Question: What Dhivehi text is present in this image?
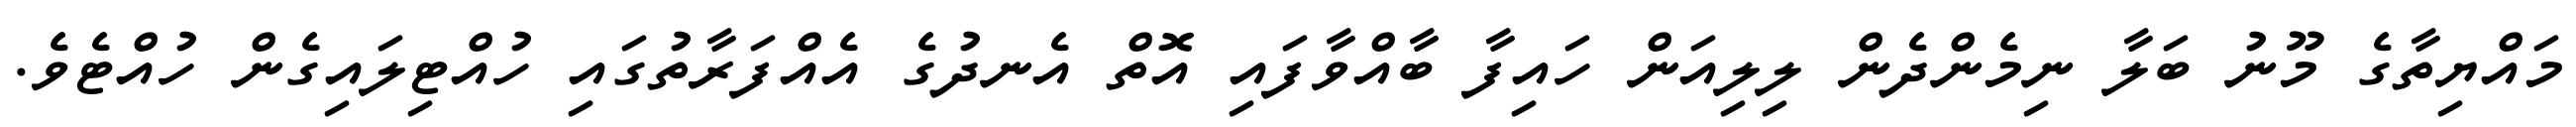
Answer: މައްޔިތާގެ މޫނު ބަލާ ނިމެންދެން ލިލިއަން ހައިފާ ބާއްވާފައި އޮތް އެނދުގެ އެއްފަރާތުގައި ހުއްޓިލައިގެން ހުއްޓެވެ.